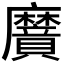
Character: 𮮌